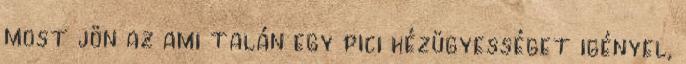
most jön az ami talán egy pici kézügyességet igényel,